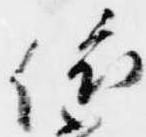
依